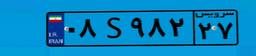
۰۸S۹۸۲۲۷